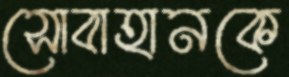
সোবাহানকে